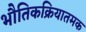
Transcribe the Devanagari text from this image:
भौतिकक्रियातमक